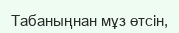
Табаныңнан мұз өтсін,